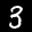
Label: 3